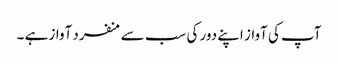
آپ کی آواز اپنے دور کی سب سے منفرد آواز ہے ۔